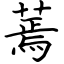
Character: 蔫